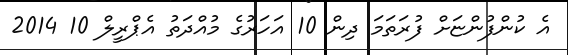
އެ ކުންފުންޏަށް ފުރަތަމަ ދިން 10 އަހަރުގެ މުއްދަތު އެޕްރީލް 10 2014